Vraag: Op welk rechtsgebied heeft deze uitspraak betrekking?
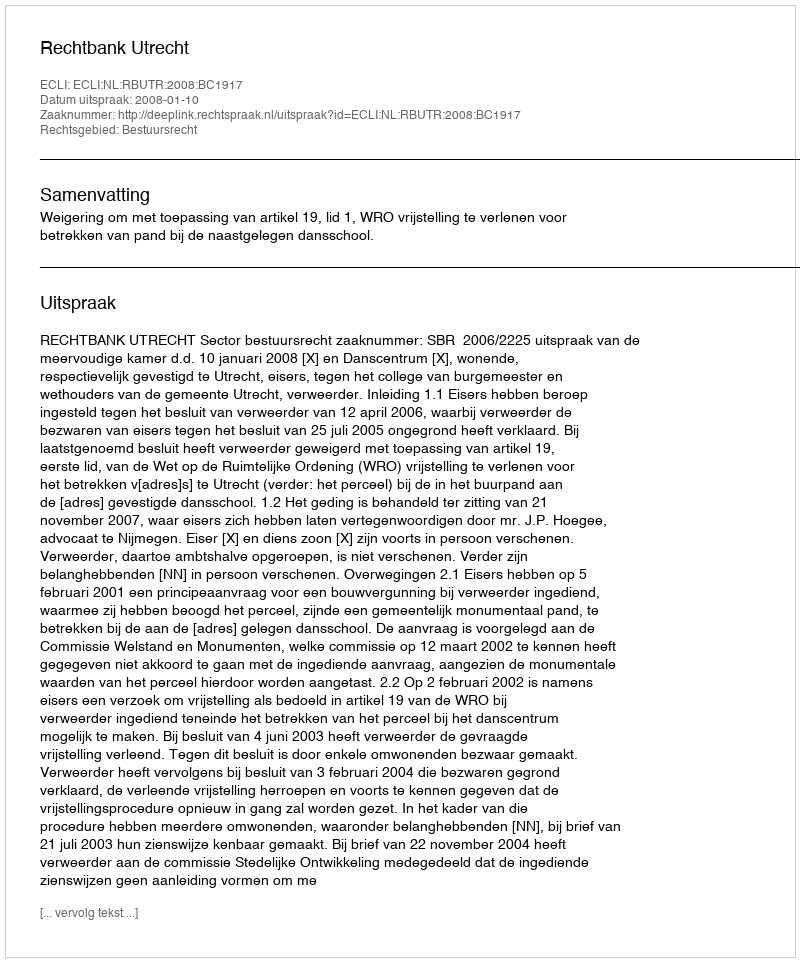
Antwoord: Bestuursrecht